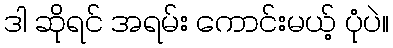
ဒါ ဆိုရင် အရမ်း ကောင်းမယ့် ပုံပဲ။